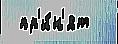
 пр'и́н'ят